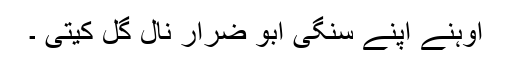
اوہنے اپنے سنگی ابو ضرار نال گل کیتی ۔